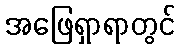
အဖြေရှာရာတွင်